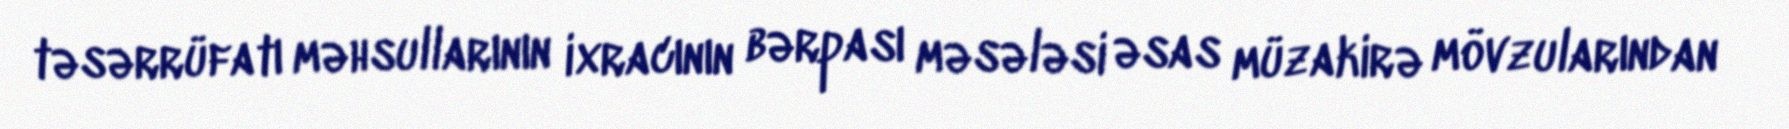
təsərrüfatı məhsullarının ixracının bərpası məsələsi əsas müzakirə mövzularından